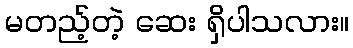
မတည့်တဲ့ ဆေး ရှိပါသလား။